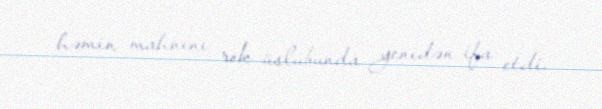
həmin mahnını rok üslubunda yenidən ifa etdi.